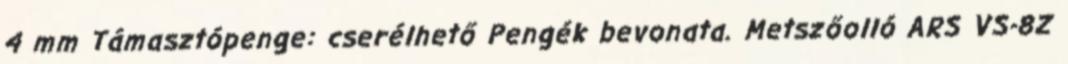
4 mm Támasztópenge: cserélhető Pengék bevonata. Metszőolló ARS VS-8Z